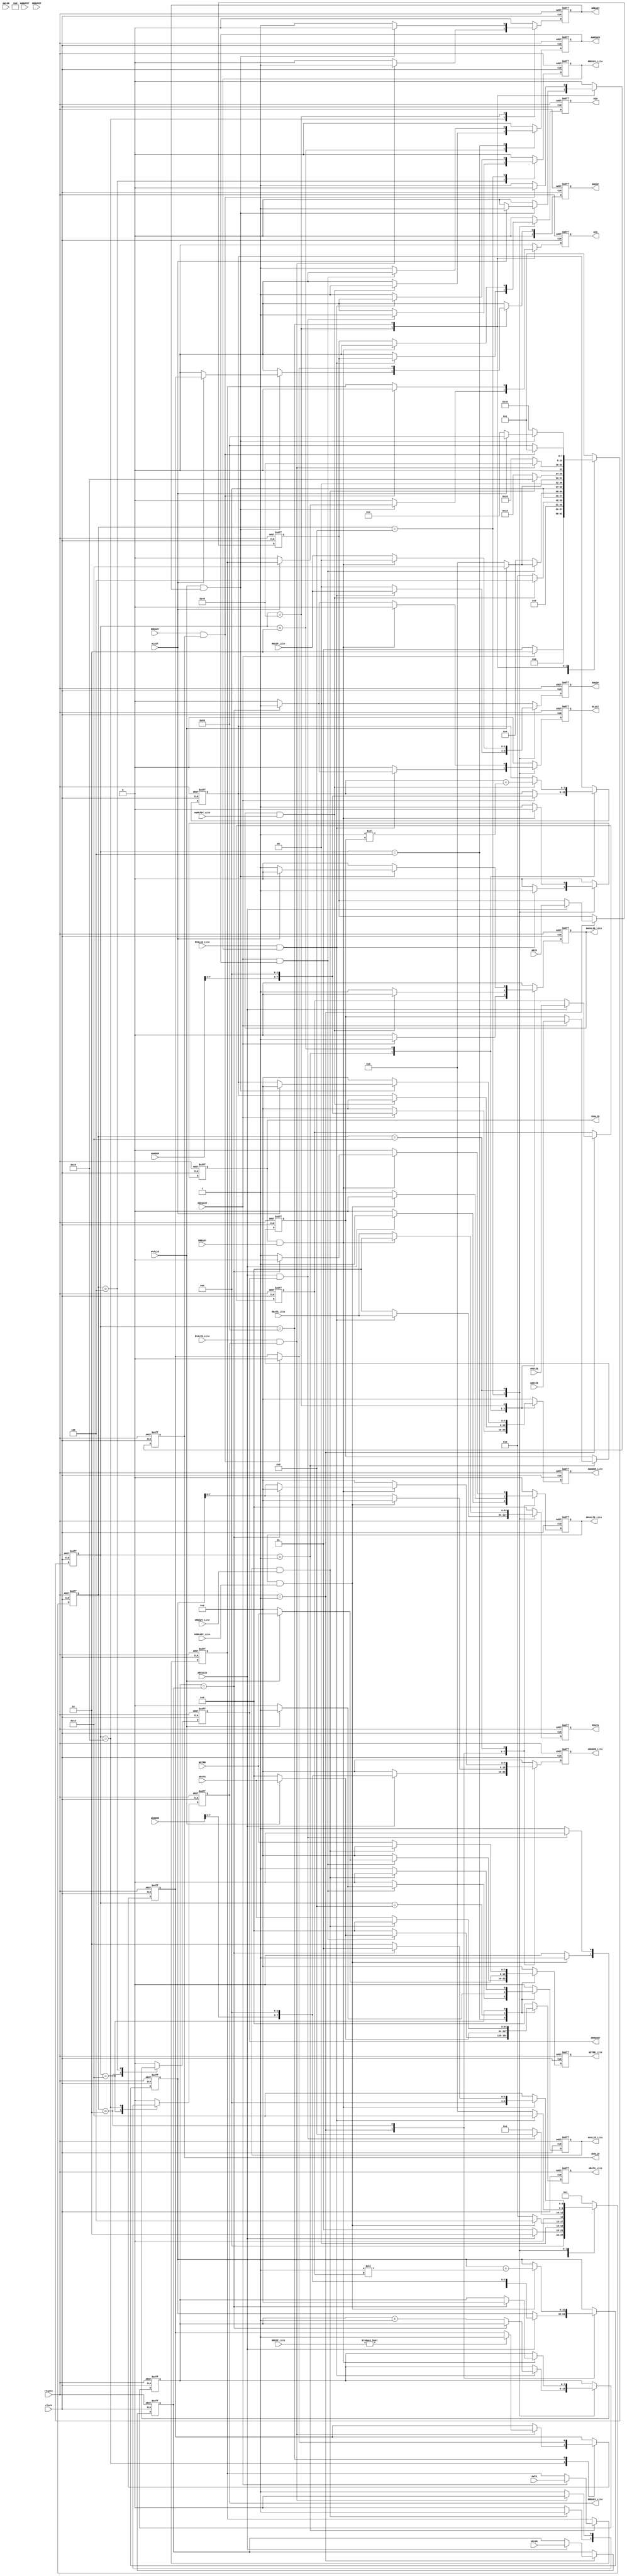
// ****************************************************************************/
// Microsemi Corporation Proprietary and Confidential
// Copyright 2017 Microsemi Corporation.  All rights reserved.
//
// ANY USE OR REDISTRIBUTION IN PART OR IN WHOLE MUST BE HANDLED IN
// ACCORDANCE WITH THE MICROSEMI LICENSE AGREEMENT AND MUST BE APPROVED
// IN ADVANCE IN WRITING.
//
// Description: 
//
// SVN Revision Information:
// SVN $Revision: 28772 $
// SVN $Date: 2017-02-09 20:06:50 +0000 (Thu, 09 Feb 2017) $
//
// Resolved SARs
// SAR      Date     Who   Description
//
// Notes:
//
// ****************************************************************************/
module AXI4ToAXI4LiteBridge(
    // General inputs
    clock,
    resetn,
    
    // AXI4 Master Write address channel inputs
    AWVALID,
    AWADDR,
    AWID,
    AWLEN,
    AWSIZE,
    AWBURST,
    
    // AXI4 Master Write data channel inputs
    WVALID,
    WDATA,
    WSTRB,
    WLAST,
    
    // AXI4 Master Write response channel inputs
    BREADY,
    
    // AXI4 Master Read address channel inputs
    ARVALID,
    ARADDR,
    ARID,
    ARLEN,
    ARSIZE,
    ARBURST,
    
    // AXI4 Master Read data channel inputs
    RREADY,
    
    // AXI4-Lite Slave Write address channel inputs
    AWREADY_Lite,
    
    // AXI4-Lite Slave Write data channel inputs
    WREADY_Lite,
    
    // AXI4-Lite Slave Write response channel inputs
    BVALID_Lite,
    BRESP_Lite,
    
    // AXI4-Lite Slave Read address channel inputs
    ARREADY_Lite,
    
    // AXI4-Lite Slave Read data channel inputs
    RVALID_Lite,
    RDATA_Lite,
    RRESP_Lite,
    
    // AXI4 Master Write address channel outputs
    AWREADY,
    
    // AXI4 Master Write data channel outputs
    WREADY,
    
    // AXI4 Master Write response channel outputs
    BVALID,
    BRESP,
    BID,
    
    // AXI4 Master Read address channel outputs
    ARREADY,
    
    // AXI4 Master Read data channel outputs
    RVALID,
    RDATA,
    RID,
    RRESP,
    RLAST,
    
    // AXI4-Lite Slave Write address channel outputs
    AWVALID_Lite,
    AWADDR_Lite,
    
    // AXI4-Lite Slave Write data channel outputs
    WVALID_Lite,
    WDATA_Lite,
    WSTRB_Lite,
    
    // AXI4-Lite Slave Write response channel outputs
    BREADY_Lite,
    
    // AXI4-Lite Slave Read address channel outputs
    ARVALID_Lite,
    ARADDR_Lite,
    
    // AXI4-Lite Slave Read data channel outputs
    RREADY_Lite
);
////////////////////////////////////////////////////////////////////////////////
// Parameters
////////////////////////////////////////////////////////////////////////////////
parameter  ADDR_WIDTH = 8;   // Number of address bits.
parameter  DATA_WIDTH = 64;  // Data width in bits
parameter  ID_WIDTH   = 1;   // ID field width

////////////////////////////////////////////////////////////////////////////////
// Port directions
////////////////////////////////////////////////////////////////////////////////
// General inputs
input                           clock;
input                           resetn;

// Write address channel inputs
input                           AWVALID;
input   [ADDR_WIDTH-1:0]        AWADDR;
input   [ID_WIDTH-1:0]          AWID;
input   [7:0]                   AWLEN;
input   [2:0]                   AWSIZE;
input   [1:0]                   AWBURST;

// Write data channel inputs
input                           WVALID;
input   [DATA_WIDTH-1:0]        WDATA;
input   [(DATA_WIDTH/8)-1:0]    WSTRB;
input                           WLAST;

// Write response channel inputs
input                           BREADY;

// Read address channel inputs
input                           ARVALID;
input   [ADDR_WIDTH-1:0]        ARADDR;
input   [ID_WIDTH-1:0]          ARID;
input   [7:0]                   ARLEN;
input   [2:0]                   ARSIZE;
input   [1:0]                   ARBURST;

// Read data channel inputs
input                           RREADY;

// AXI4-Lite Slave Write address channel inputs
input                           AWREADY_Lite;

// AXI4-Lite Slave Write data channel inputs
input                           WREADY_Lite;

// AXI4-Lite Slave Write response channel inputs
input                           BVALID_Lite;
input   [1:0]                   BRESP_Lite;

// AXI4-Lite Slave Read address channel inputs
input                           ARREADY_Lite;

// AXI4-Lite Slave Read data channel inputs
input                           RVALID_Lite;
input   [DATA_WIDTH-1:0]        RDATA_Lite;
input   [1:0]                   RRESP_Lite;
    
// Write address channel outputs
output                          AWREADY;

// Write data channel outputs
output                          WREADY;

// Write response channel outputs
output                          BVALID;
output  [1:0]                   BRESP;
output  [ID_WIDTH-1:0]          BID;

// Read address channel outputs
output                          ARREADY;

// Read data channel outputs
output                          RVALID;
output  [DATA_WIDTH-1:0]        RDATA;
output  [ID_WIDTH-1:0]          RID;
output  [1:0]                   RRESP;
output                          RLAST;
    
// AXI4-Lite Slave Write address channel outputs
output                          AWVALID_Lite;
output  [ADDR_WIDTH-1:0]        AWADDR_Lite;

// AXI4-Lite Slave Write data channel outputs
output                          WVALID_Lite;
output  [DATA_WIDTH-1:0]        WDATA_Lite;
output  [(DATA_WIDTH/8)-1:0]    WSTRB_Lite;

// AXI4-Lite Slave Write response channel outputs
output                          BREADY_Lite;

// AXI4-Lite Slave Read address channel outputs
output                          ARVALID_Lite;
output  [ADDR_WIDTH-1:0]        ARADDR_Lite;

// AXI4-Lite Slave Read data channel outputs
output                          RREADY_Lite;

////////////////////////////////////////////////////////////////////////////////
// Utility functions
////////////////////////////////////////////////////////////////////////////////
////////////////////////////////////////////////////////////////////////////////
// clog2 function implementation. Returns the number of bits required to
// hold the value passed as argument.
////////////////////////////////////////////////////////////////////////////////
function integer clog2;
    input integer x;
    integer x1, tmp, res;
    begin
        tmp = 1;
        res = 0;
        x1 = x + 1;
        while (tmp < x1)
            begin 
                tmp = tmp * 2;
                res = res + 1;
            end
        clog2 = res;
    end
endfunction

////////////////////////////////////////////////////////////////////////////////
// Constants
////////////////////////////////////////////////////////////////////////////////
// Write control FSM states - One-shot encoding
localparam [7:0] WR_IDLE                = 8'b00000001;
localparam [7:0] WR_LITE_WR_ADDR        = 8'b00000010;
localparam [7:0] WR_FULL_WR_ADDR_ACK    = 8'b00000100;
localparam [7:0] WAIT_FULL_WAIT_WR_DATA = 8'b00001000;
localparam [7:0] WR_LITE_WR_DATA_ACK    = 8'b00010000;
localparam [7:0] WR_LITE_WAIT_RESP      = 8'b00100000;
localparam [7:0] WR_FULL_WAIT_ACK       = 8'b01000000;
localparam [7:0] WR_FULL_WAIT_RESP_ACK  = 8'b10000000;

// Read control FSM states - One-shot encoding
localparam [4:0] RD_IDLE                = 5'b00001;
localparam [4:0] RD_LITE_RD_ADDR        = 5'b00010;
localparam [4:0] RD_FULL_RD_ADDR_ACK    = 5'b00100;
localparam [4:0] RD_LITE_WAIT_RD_DATA   = 5'b01000;
localparam [4:0] RD_FULL_RD_DATA_ACK    = 5'b10000;

localparam DWIDTH_BYTE_WIDTH = clog2((DATA_WIDTH/8)-1);
////////////////////////////////////////////////////////////////////////////////
// Internal signals
////////////////////////////////////////////////////////////////////////////////
reg [7:0]                   currStateWr;
reg [7:0]                   nextStateWr;
reg [4:0]                   currStateRd;
reg [4:0]                   nextStateRd;
       
reg                         AWVALID_LiteReg;
reg                         AWVALID_LiteReg_d;
reg [2:0]                   wrSizeReg;
reg [2:0]                   wrSizeReg_d;
reg [ADDR_WIDTH-1:0]        AWADDR_LiteReg;
reg [ADDR_WIDTH-1:0]        AWADDR_LiteReg_d;
reg [ADDR_WIDTH-1:0]        wrAddrReg;
reg [ADDR_WIDTH-1:0]        wrAddrReg_d;
reg [1:0]                   wrBurstReg;
reg [1:0]                   wrBurstReg_d;
reg [ID_WIDTH-1:0]          wrIDReg;
reg [ID_WIDTH-1:0]          wrIDReg_d;
reg                         AWREADYReg;
reg                         AWREADYReg_d;
reg                         WVALID_LiteReg;
reg                         WVALID_LiteReg_d;
reg [DATA_WIDTH-1:0]        WDATA_LiteReg;
reg [DATA_WIDTH-1:0]        WDATA_LiteReg_d;
reg [(DATA_WIDTH/8)-1:0]    WSTRB_LiteReg;
reg [(DATA_WIDTH/8)-1:0]    WSTRB_LiteReg_d;
reg                         BREADY_LiteReg;
reg                         BREADY_LiteReg_d;
reg                         WREADYReg;
reg                         WREADYReg_d;
reg                         BVALIDReg;
reg                         BVALIDReg_d;
reg [1:0]                   BRESPReg;
reg [1:0]                   BRESPReg_d;
reg [ID_WIDTH-1:0]          BIDReg;
reg [ID_WIDTH-1:0]          BIDReg_d;
reg                         errorHoldReg;
reg                         errorHoldReg_d;

reg                         ARVALID_LiteReg;
reg                         ARVALID_LiteReg_d;
reg [2:0]                   rdSizeReg;
reg [2:0]                   rdSizeReg_d;
reg [31:0]                  ARADDR_LiteReg;
reg [31:0]                  ARADDR_LiteReg_d;
reg [31:0]                  rdAddrReg;
reg [31:0]                  rdAddrReg_d;
reg [1:0]                   rdBurstReg;
reg [1:0]                   rdBurstReg_d;
reg [ID_WIDTH-1:0]          rdIDReg;
reg [ID_WIDTH-1:0]          rdIDReg_d;
reg [7:0]                   rdLenReg;
reg [7:0]                   rdLenReg_d;
reg                         ARREADYReg;
reg                         ARREADYReg_d;
reg                         RREADY_LiteReg;
reg                         RREADY_LiteReg_d;
reg                         RLASTReg;
reg                         RLASTReg_d;
reg                         RVALIDReg;
reg                         RVALIDReg_d;
reg [DATA_WIDTH-1:0]        RDATAReg;
reg [DATA_WIDTH-1:0]        RDATAReg_d;
reg [1:0]                   RRESPReg;
reg [1:0]                   RRESPReg_d;
reg [ID_WIDTH-1:0]          RIDReg;
reg [ID_WIDTH-1:0]          RIDReg_d;
reg [7:0]                   rdBeatCnt;
reg [7:0]                   rdBeatCnt_d;

////////////////////////////////////////////////////////////////////////////////
// Write Ctrl FSM - Current state register
////////////////////////////////////////////////////////////////////////////////
always @ (posedge clock or negedge resetn)
    begin
        if (!resetn)
            begin
                currStateWr <= WR_IDLE;
            end
        else
            begin
                currStateWr <= nextStateWr;
            end
    end

////////////////////////////////////////////////////////////////////////////////
// Write Ctrl FSM - Combinatorial next state & output logic
////////////////////////////////////////////////////////////////////////////////
always @ (*)
    begin
        // Default assignments
        AWVALID_LiteReg_d = 1'b0;
        wrSizeReg_d       = wrSizeReg;
        AWADDR_LiteReg_d  = {ADDR_WIDTH{1'b0}};
        wrAddrReg_d       = wrAddrReg;
        wrBurstReg_d      = wrBurstReg;
        wrIDReg_d         = wrIDReg;
        AWREADYReg_d      = 1'b0;
        WVALID_LiteReg_d  = 1'b0;
        WDATA_LiteReg_d   = {DATA_WIDTH{1'b0}};
        WSTRB_LiteReg_d   = {(DATA_WIDTH/8){1'b0}};
        BREADY_LiteReg_d  = 1'b0;
        WREADYReg_d       = 1'b0;
        BVALIDReg_d       = 1'b0;
        BRESPReg_d        = 2'b0;
        BIDReg_d          = {ID_WIDTH{1'b0}};
        errorHoldReg_d    = errorHoldReg;
        case (currStateWr)
            WR_IDLE:
                begin
                    if (AWVALID)
                        begin
                            // Start the AXI4-Lite write transaction
                            AWVALID_LiteReg_d = 1'b1;
                            wrSizeReg_d       = AWSIZE;
                            AWADDR_LiteReg_d  = {AWADDR[ADDR_WIDTH-1:DWIDTH_BYTE_WIDTH], {DWIDTH_BYTE_WIDTH{1'b0}}};
                            wrAddrReg_d       = {AWADDR[ADDR_WIDTH-1:DWIDTH_BYTE_WIDTH], {DWIDTH_BYTE_WIDTH{1'b0}}};
                            wrBurstReg_d      = AWBURST;
                            wrIDReg_d         = AWID;
                            nextStateWr       = WR_LITE_WR_ADDR;
                        end
                    else
                        begin
                            nextStateWr = WR_IDLE;
                        end
                end
            WR_LITE_WR_ADDR:
                begin
                    if (AWVALID_Lite & AWREADY_Lite)
                        begin
                            // AXI4-Lite slave has ack'ed the write address. Now lets ack' the address data
                            // from the AXI4 master
                            wrAddrReg_d  = wrAddrReg + (2**wrSizeReg);
                            AWREADYReg_d = 1'b1;
                            nextStateWr  = WR_FULL_WR_ADDR_ACK;
                        end
                    else
                        begin
                            // Continue to drive out the address data to the AXI4-Lite slave
                            AWVALID_LiteReg_d = 1'b1;
                            AWADDR_LiteReg_d  = wrAddrReg;
                            nextStateWr       = WR_LITE_WR_ADDR;
                        end
                end
            WR_FULL_WR_ADDR_ACK:
                begin
                    if (AWVALID & AWREADY)
                        begin
                            // AXI4 master has seen the address acknowledgement. Now check if the AXI4 master
                            // is driving out write data
                            if (WVALID)
                                begin
                                    // Drive out the data to the AXI4-Lite slave
                                    WVALID_LiteReg_d = 1'b1;
                                    WDATA_LiteReg_d  = WDATA;
                                    WSTRB_LiteReg_d  = WSTRB;        
                                    nextStateWr      = WR_LITE_WR_DATA_ACK;
                                end
                            else
                                begin
                                    // Wait for the AXI4 master to drive out data
                                    nextStateWr = WAIT_FULL_WAIT_WR_DATA;
                                end
                        end
                    else
                        begin
                            // AXI4 master hasn't seen the ack' yet as it must have
                            // driven AWVALID low (Shouldn't happen).
                            AWREADYReg_d = 1'b1;
                            nextStateWr  = WR_FULL_WR_ADDR_ACK;
                        end
                end
            WAIT_FULL_WAIT_WR_DATA:
                begin
                    if (WVALID)
                        begin
                            // Drive out the data to the AXI4-Lite slave
                            WVALID_LiteReg_d = 1'b1;
                            WDATA_LiteReg_d  = WDATA;
                            WSTRB_LiteReg_d  = WSTRB;        
                            nextStateWr      = WR_LITE_WR_DATA_ACK;
                        end
                    else
                        begin
                            // Wait for the AXI4 master to drive out data
                            nextStateWr = WAIT_FULL_WAIT_WR_DATA;
                        end
                end
            WR_LITE_WR_DATA_ACK:
                begin
                    if (WVALID_Lite & WREADY_Lite)
                        begin
                            // The AXI4-Lite slave has ack'ed the write data
                            BREADY_LiteReg_d = 1'b1;
                            nextStateWr      = WR_LITE_WAIT_RESP;
                        end
                    else
                        begin
                            // Continue to drive out the write data to AXI4-Lite
                            // slave
                            WVALID_LiteReg_d = 1'b1;
                            WDATA_LiteReg_d  = WDATA;
                            WSTRB_LiteReg_d  = WSTRB;        
                            nextStateWr      = WR_LITE_WR_DATA_ACK;
                        end
                end
            WR_LITE_WAIT_RESP:
                begin
                    if (BVALID_Lite & BREADY_Lite)
                        begin
                            // Response data received and ack'ed
                            if (BRESP_Lite != 2'b00)
                                begin
                                    // Catch AXI4-Lite transaction errors to
                                    // return to AXI4 master at the end of the
                                    // burst transaction
                                    errorHoldReg_d = 1'b1;
                                end
                            // Acknowledge the current write beat with the AXI4
                            // master
                            WREADYReg_d = 1'b1;
                            nextStateWr = WR_FULL_WAIT_ACK;
                        end
                    else
                        begin
                            // Continue to wait for the write response from the
                            // AXI4-Lite slave.
                            BREADY_LiteReg_d = 1'b1;
                            nextStateWr      = WR_LITE_WAIT_RESP;
                        end
                end
            WR_FULL_WAIT_ACK:
                begin
                    if (WVALID & WREADY)
                        begin
                            // AXI4 master has seen the write data ack' for the
                            // current write data beat
                            if (WLAST)
                                begin
                                    // Start driving out the write response to
                                    // the AXI4 Master as the entire write data
                                    // burst has been forwarded to the AXI4-Lite
                                    // slave
                                    BVALIDReg_d = 1'b1;
                                    BRESPReg_d  = errorHoldReg;
                                    BIDReg_d    = wrIDReg;
                                    nextStateWr = WR_FULL_WAIT_RESP_ACK;
                                end
                            else
                                begin
                                    // Perform the process over again for the
                                    // next beat of write data from the AXI4 master
                                    AWVALID_LiteReg_d = 1'b1;
                                    AWADDR_LiteReg_d  = wrAddrReg;
                                    nextStateWr       = WR_LITE_WR_ADDR;
                                end
                        end
                    else
                        begin
                            // AXI4 master hasn't seen the ack' yet as it must have
                            // driven WVALID low (Shouldn't happen).
                            WREADYReg_d = 1'b1;
                            nextStateWr = WR_FULL_WAIT_ACK;
                        end
                end
            WR_FULL_WAIT_RESP_ACK:
                begin
                    if (BREADY & BVALID)
                        begin
                            // The AXI4 Master has ack'ed the write response
                            // signifying the end of the write burst transaction
                            // processing
                            // Clear the error holding register if it's set
                            errorHoldReg_d = 1'b0;
                            nextStateWr    = WR_IDLE;
                        end
                    else
                        begin
                            // Waiting on the AXI4 master to ack' the write
                            // response. Continue driving out the write response
                            BVALIDReg_d = 1'b1;
                            BRESPReg_d  = errorHoldReg;
                            BIDReg_d    = wrIDReg;
                            nextStateWr = WR_FULL_WAIT_RESP_ACK;
                        end
                end
            default:
                begin
                    nextStateWr = WR_IDLE;
                end
        endcase
    end

////////////////////////////////////////////////////////////////////////////////
// Read Ctrl FSM - Current state register
////////////////////////////////////////////////////////////////////////////////
always @ (posedge clock or negedge resetn)
    begin
        if (!resetn)
            begin
                currStateRd <= RD_IDLE;
            end
        else
            begin
                currStateRd <= nextStateRd;
            end
    end

////////////////////////////////////////////////////////////////////////////////
// Read Ctrl FSM - Combinatorial next state & output logic
////////////////////////////////////////////////////////////////////////////////
always @ (*)
    begin
        // Default assignments
        ARVALID_LiteReg_d = 1'b0;
        rdSizeReg_d       = rdSizeReg;
        ARADDR_LiteReg_d  = {ADDR_WIDTH{1'b0}};
        rdAddrReg_d       = rdAddrReg;
        rdBurstReg_d      = rdBurstReg;
        rdIDReg_d         = rdIDReg;
        rdLenReg_d        = rdLenReg;
        ARREADYReg_d      = 1'b0;
        RREADY_LiteReg_d  = 1'b0;
        RLASTReg_d        = 1'b0;
        RVALIDReg_d       = 1'b0;
        RDATAReg_d        = {DATA_WIDTH{1'b0}};
        RRESPReg_d        = 2'b0;
        RIDReg_d          = {ID_WIDTH{1'b0}};
        rdBeatCnt_d       = rdBeatCnt;
        case (currStateRd)
            RD_IDLE:
                begin
                    if (ARVALID)
                        begin
                            // Start the AXI4-Lite read transaction
                            ARVALID_LiteReg_d = 1'b1;
                            rdSizeReg_d       = ARSIZE;
                            ARADDR_LiteReg_d  = {ARADDR[ADDR_WIDTH-1:DWIDTH_BYTE_WIDTH], {DWIDTH_BYTE_WIDTH{1'b0}}};
                            rdAddrReg_d       = {ARADDR[ADDR_WIDTH-1:DWIDTH_BYTE_WIDTH], {DWIDTH_BYTE_WIDTH{1'b0}}};
                            rdBurstReg_d      = ARBURST;
                            rdIDReg_d         = ARID;
                            rdLenReg_d        = ARLEN;
                            nextStateRd       = RD_LITE_RD_ADDR;
                        end
                    else
                        begin
                            nextStateRd = RD_IDLE;
                        end
                end
            RD_LITE_RD_ADDR:
                begin
                    if (ARVALID_Lite & ARREADY_Lite)
                        begin
                            // AXI4-Lite slave has ack'ed the read address. Now lets ack' the address data
                            // from the AXI4 master
                            rdAddrReg_d  = rdAddrReg + (2**rdSizeReg);
                            ARREADYReg_d = 1'b1;
                            nextStateRd  = RD_FULL_RD_ADDR_ACK;
                        end
                    else
                        begin
                            // Continue to drive out the address data to the AXI4-Lite slave
                            ARVALID_LiteReg_d = 1'b1;
                            ARADDR_LiteReg_d  = rdAddrReg;
                            nextStateRd       = RD_LITE_RD_ADDR;
                        end
                end
            RD_FULL_RD_ADDR_ACK:
                begin
                    if (ARVALID & ARREADY)
                        begin
                            // AXI4 master has seen the address acknowledgement. 
                            // Get ready to receive the read data from the AXI4-Lite
                            // slave
                            RREADY_LiteReg_d = 1'b1;
                            nextStateRd      = RD_LITE_WAIT_RD_DATA;
                        end
                    else
                        begin
                            // AXI4 master hasn't seen the ack' yet as it must have
                            // driven ARVALID low (Shouldn't happen).
                            ARREADYReg_d = 1'b1;
                            nextStateRd  = RD_FULL_RD_ADDR_ACK;
                        end
                end
            RD_LITE_WAIT_RD_DATA:
                begin
                    if (RVALID_Lite & RREADY_Lite)
                        begin
                            // AXI-Lite slave returned read data & response info
                            // Forward the read data to the AXI4 master. 
                            if (rdBeatCnt == rdLenReg)
                                begin
                                    // This is the last transfer in the AXI4
                                    // read transaction
                                    RLASTReg_d = 1'b1;
                                end
                            else
                                begin
                                    rdBeatCnt_d = rdBeatCnt + 1'b1;
                                end
                            RVALIDReg_d = 1'b1;
                            RDATAReg_d  = RDATA_Lite;
                            RRESPReg_d  = RRESP_Lite;
                            RIDReg_d    = rdIDReg;
                            nextStateRd = RD_FULL_RD_DATA_ACK;
                        end
                    else
                        begin
                            // AXI4-Lite slave not yet driving out valid read
                            // data
                            RREADY_LiteReg_d = 1'b1;
                            nextStateRd      = RD_LITE_WAIT_RD_DATA;
                        end
                end
            RD_FULL_RD_DATA_ACK:
                begin
                    if (RVALID & RREADY)
                        begin
                            if (rdBeatCnt == rdLenReg)
                                begin
                                    rdBeatCnt_d = 8'b0;
                                    nextStateRd = RD_IDLE;
                                end
                            else
                                begin
                                    // More AXI4-Lite reads required to fulfill
                                    // the AXI4 master's request.
                                    ARVALID_LiteReg_d = 1'b1;
                                    ARADDR_LiteReg_d  = rdAddrReg;
                                    nextStateRd       = RD_LITE_RD_ADDR;
                                end
                        end
                    else
                        begin
                            // Waiting on the AXI4 master to ACK the read data
                            // transfer. Continue to drive out the read data 
                            if (rdBeatCnt == rdLenReg)
                                begin
                                    // This is the last transfer in the AXI4
                                    // read transaction
                                    RLASTReg_d = 1'b1;
                                end
                            RVALIDReg_d = 1'b1;
                            RDATAReg_d  = RDATA_Lite;
                            RRESPReg_d  = RRESP_Lite;
                            RIDReg_d    = rdIDReg;
                            nextStateRd = RD_FULL_RD_DATA_ACK;
                        end
                end
            default:
                begin
                    nextStateRd = RD_IDLE;
                end
        endcase
    end

////////////////////////////////////////////////////////////////////////////////
// AWVALID_Lite register
////////////////////////////////////////////////////////////////////////////////
always @ (posedge clock or negedge resetn)
    begin
        if (!resetn)
            begin
                AWVALID_LiteReg <= 1'b0;
            end
        else
            begin
                AWVALID_LiteReg <= AWVALID_LiteReg_d;
            end
    end
assign AWVALID_Lite = AWVALID_LiteReg;

////////////////////////////////////////////////////////////////////////////////
// wrSize register
////////////////////////////////////////////////////////////////////////////////
always @ (posedge clock or negedge resetn)
    begin
        if (!resetn)
            begin
                wrSizeReg <= 3'b0;
            end
        else
            begin
                wrSizeReg <= wrSizeReg_d;
            end
    end

////////////////////////////////////////////////////////////////////////////////
// AWADDR_Lite register
////////////////////////////////////////////////////////////////////////////////
always @ (posedge clock or negedge resetn)
    begin
        if (!resetn)
            begin
                AWADDR_LiteReg <= {ADDR_WIDTH{1'b0}};
            end
        else
            begin
                AWADDR_LiteReg <= AWADDR_LiteReg_d;
            end
    end
assign AWADDR_Lite = AWADDR_LiteReg;

////////////////////////////////////////////////////////////////////////////////
// wrAddr register
////////////////////////////////////////////////////////////////////////////////
always @ (posedge clock or negedge resetn)
    begin
        if (!resetn)
            begin
                wrAddrReg <= {ADDR_WIDTH{1'b0}};
            end
        else
            begin
                wrAddrReg <= wrAddrReg_d;
            end
    end

////////////////////////////////////////////////////////////////////////////////
// wrBurst register
////////////////////////////////////////////////////////////////////////////////
always @ (posedge clock or negedge resetn)
    begin
        if (!resetn)
            begin
                wrBurstReg <= 2'b0;
            end
        else
            begin
                wrBurstReg <= wrBurstReg_d;
            end
    end

////////////////////////////////////////////////////////////////////////////////
// wrID register
////////////////////////////////////////////////////////////////////////////////
always @ (posedge clock or negedge resetn)
    begin
        if (!resetn)
            begin
                wrIDReg <= {ID_WIDTH{1'b0}};
            end
        else
            begin
                wrIDReg <= wrIDReg_d;
            end
    end

////////////////////////////////////////////////////////////////////////////////
// AWREADY register
////////////////////////////////////////////////////////////////////////////////
always @ (posedge clock or negedge resetn)
    begin
        if (!resetn)
            begin
                AWREADYReg <= 1'b0;
            end
        else
            begin
                AWREADYReg <= AWREADYReg_d;
            end
    end
assign AWREADY = AWREADYReg;

////////////////////////////////////////////////////////////////////////////////
// WVALID_Lite register
////////////////////////////////////////////////////////////////////////////////
always @ (posedge clock or negedge resetn)
    begin
        if (!resetn)
            begin
                WVALID_LiteReg <= 1'b0;
            end
        else
            begin
                WVALID_LiteReg <= WVALID_LiteReg_d;
            end
    end
assign WVALID_Lite = WVALID_LiteReg;

////////////////////////////////////////////////////////////////////////////////
// WDATA_Lite register
////////////////////////////////////////////////////////////////////////////////
always @ (posedge clock or negedge resetn)
    begin
        if (!resetn)
            begin
                WDATA_LiteReg <= {DATA_WIDTH{1'b0}};
            end
        else
            begin
                WDATA_LiteReg <= WDATA_LiteReg_d;
            end
    end
assign WDATA_Lite = WDATA_LiteReg;

////////////////////////////////////////////////////////////////////////////////
// WSTRB_Lite register
////////////////////////////////////////////////////////////////////////////////
always @ (posedge clock or negedge resetn)
    begin
        if (!resetn)
            begin
                WSTRB_LiteReg <= {(DATA_WIDTH/8){1'b0}};
            end
        else
            begin
                WSTRB_LiteReg <= WSTRB_LiteReg_d;
            end
    end
assign WSTRB_Lite = WSTRB_LiteReg;

////////////////////////////////////////////////////////////////////////////////
// BREADY_Lite register
////////////////////////////////////////////////////////////////////////////////
always @ (posedge clock or negedge resetn)
    begin
        if (!resetn)
            begin
                BREADY_LiteReg <= 1'b0;
            end
        else
            begin
                BREADY_LiteReg <= BREADY_LiteReg_d;
            end
    end
assign BREADY_Lite = BREADY_LiteReg;

////////////////////////////////////////////////////////////////////////////////
// WREADY register
////////////////////////////////////////////////////////////////////////////////
always @ (posedge clock or negedge resetn)
    begin
        if (!resetn)
            begin
                WREADYReg <= 1'b0;
            end
        else
            begin
                WREADYReg <= WREADYReg_d;
            end
    end
assign WREADY = WREADYReg;

////////////////////////////////////////////////////////////////////////////////
// BVALID register
////////////////////////////////////////////////////////////////////////////////
always @ (posedge clock or negedge resetn)
    begin
        if (!resetn)
            begin
                BVALIDReg <= 1'b0;
            end
        else
            begin
                BVALIDReg <= BVALIDReg_d;
            end
    end
assign BVALID = BVALIDReg;

////////////////////////////////////////////////////////////////////////////////
// BRESP register
////////////////////////////////////////////////////////////////////////////////
always @ (posedge clock or negedge resetn)
    begin
        if (!resetn)
            begin
                BRESPReg <= 2'b0;
            end
        else
            begin
                BRESPReg <= BRESPReg_d;
            end
    end
assign BRESP = BRESPReg;

////////////////////////////////////////////////////////////////////////////////
// BID register
////////////////////////////////////////////////////////////////////////////////
always @ (posedge clock or negedge resetn)
    begin
        if (!resetn)
            begin
                BIDReg <= {ID_WIDTH{1'b0}};
            end
        else
            begin
                BIDReg <= BIDReg_d;
            end
    end
assign BID = BIDReg;

////////////////////////////////////////////////////////////////////////////////
// errorHold register
////////////////////////////////////////////////////////////////////////////////
always @ (posedge clock or negedge resetn)
    begin
        if (!resetn)
            begin
                errorHoldReg <= 1'b0;
            end
        else
            begin
                errorHoldReg <= errorHoldReg_d;
            end
    end

////////////////////////////////////////////////////////////////////////////////
// ARVALID_Lite register
////////////////////////////////////////////////////////////////////////////////
always @ (posedge clock or negedge resetn)
    begin
        if (!resetn)
            begin
                ARVALID_LiteReg <= 1'b0;
            end
        else
            begin
                ARVALID_LiteReg <= ARVALID_LiteReg_d;
            end
    end
assign ARVALID_Lite = ARVALID_LiteReg;

////////////////////////////////////////////////////////////////////////////////
// rdSize register
////////////////////////////////////////////////////////////////////////////////
always @ (posedge clock or negedge resetn)
    begin
        if (!resetn)
            begin
                rdSizeReg <= 3'b0;
            end
        else
            begin
                rdSizeReg <= rdSizeReg_d;
            end
    end

////////////////////////////////////////////////////////////////////////////////
// ARADDR_Lite register
////////////////////////////////////////////////////////////////////////////////
always @ (posedge clock or negedge resetn)
    begin
        if (!resetn)
            begin
                ARADDR_LiteReg <= {ADDR_WIDTH{1'b0}};
            end
        else
            begin
                ARADDR_LiteReg <= ARADDR_LiteReg_d;
            end
    end
assign ARADDR_Lite = ARADDR_LiteReg;

////////////////////////////////////////////////////////////////////////////////
// rdAddr register
////////////////////////////////////////////////////////////////////////////////
always @ (posedge clock or negedge resetn)
    begin
        if (!resetn)
            begin
                rdAddrReg <= {ADDR_WIDTH{1'b0}};
            end
        else
            begin
                rdAddrReg <= rdAddrReg_d;
            end
    end

////////////////////////////////////////////////////////////////////////////////
// rdBurst register
////////////////////////////////////////////////////////////////////////////////
always @ (posedge clock or negedge resetn)
    begin
        if (!resetn)
            begin
                rdBurstReg <= 2'b0;
            end
        else
            begin
                rdBurstReg <= rdBurstReg_d;
            end
    end

////////////////////////////////////////////////////////////////////////////////
// rdID register
////////////////////////////////////////////////////////////////////////////////
always @ (posedge clock or negedge resetn)
    begin
        if (!resetn)
            begin
                rdIDReg <= {ID_WIDTH{1'b0}};
            end
        else
            begin
                rdIDReg <= rdIDReg_d;
            end
    end

////////////////////////////////////////////////////////////////////////////////
// rdLen register
////////////////////////////////////////////////////////////////////////////////
always @ (posedge clock or negedge resetn)
    begin
        if (!resetn)
            begin
                rdLenReg <= 8'b0;
            end
        else
            begin
                rdLenReg <= rdLenReg_d;
            end
    end

////////////////////////////////////////////////////////////////////////////////
// ARREADY register
////////////////////////////////////////////////////////////////////////////////
always @ (posedge clock or negedge resetn)
    begin
        if (!resetn)
            begin
                ARREADYReg <= 1'b0;
            end
        else
            begin
                ARREADYReg <= ARREADYReg_d;
            end
    end
assign ARREADY = ARREADYReg;

////////////////////////////////////////////////////////////////////////////////
// RREADY_Lite register
////////////////////////////////////////////////////////////////////////////////
always @ (posedge clock or negedge resetn)
    begin
        if (!resetn)
            begin
                RREADY_LiteReg <= 1'b0;
            end
        else
            begin
                RREADY_LiteReg <= RREADY_LiteReg_d;
            end
    end
assign RREADY_Lite = RREADY_LiteReg;

////////////////////////////////////////////////////////////////////////////////
// RLAST register
////////////////////////////////////////////////////////////////////////////////
always @ (posedge clock or negedge resetn)
    begin
        if (!resetn)
            begin
                RLASTReg <= 1'b0;
            end
        else
            begin
                RLASTReg <= RLASTReg_d;
            end
    end
assign RLAST = RLASTReg;

////////////////////////////////////////////////////////////////////////////////
// RVALID register
////////////////////////////////////////////////////////////////////////////////
always @ (posedge clock or negedge resetn)
    begin
        if (!resetn)
            begin
                RVALIDReg <= 1'b0;
            end
        else
            begin
                RVALIDReg <= RVALIDReg_d;
            end
    end
assign RVALID = RVALIDReg;

////////////////////////////////////////////////////////////////////////////////
// RDATA register
////////////////////////////////////////////////////////////////////////////////
always @ (posedge clock or negedge resetn)
    begin
        if (!resetn)
            begin
                RDATAReg <= {DATA_WIDTH{1'b0}};
            end
        else
            begin
                RDATAReg <= RDATAReg_d;
            end
    end
assign RDATA = RDATAReg;

////////////////////////////////////////////////////////////////////////////////
// RRESP register
////////////////////////////////////////////////////////////////////////////////
always @ (posedge clock or negedge resetn)
    begin
        if (!resetn)
            begin
                RRESPReg <= 2'b0;
            end
        else
            begin
                RRESPReg <= RRESPReg_d;
            end
    end
assign RRESP = RRESPReg;

////////////////////////////////////////////////////////////////////////////////
// RID register
////////////////////////////////////////////////////////////////////////////////
always @ (posedge clock or negedge resetn)
    begin
        if (!resetn)
            begin
                RIDReg <= {ID_WIDTH{1'b0}};
            end
        else
            begin
                RIDReg <= RIDReg_d;
            end
    end
assign RID = RIDReg;

////////////////////////////////////////////////////////////////////////////////
// rdBeatCnt register
////////////////////////////////////////////////////////////////////////////////
always @ (posedge clock or negedge resetn)
    begin
        if (!resetn)
            begin
                rdBeatCnt <= 8'b0;
            end
        else
            begin
                rdBeatCnt <= rdBeatCnt_d;
            end
    end

endmodule // AXI4ToAXI4LiteBridge